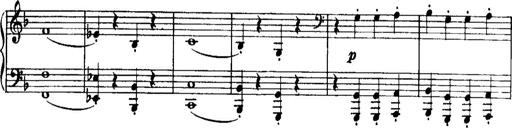
Title: Historische ungarische Bildnisse
Composer: Franz Liszt